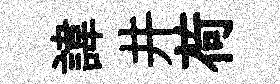
諱井荷